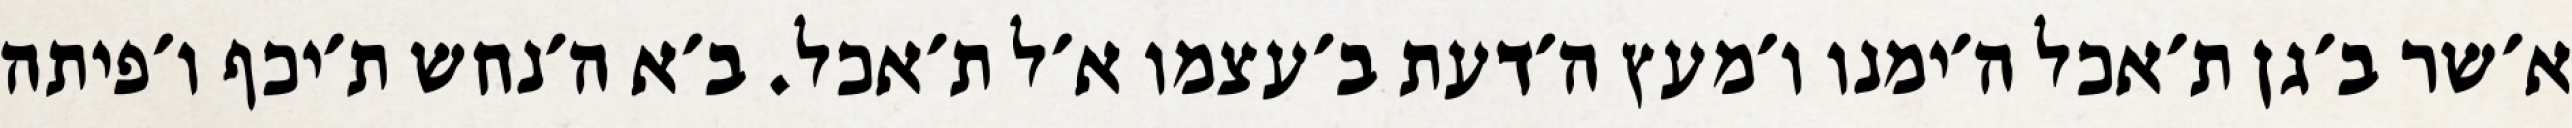
א׳שר ב׳גן ת׳אכל ה׳ימנו ו׳מעץ ה׳דעת ב׳עצמו א׳ל ת׳אכל. ב׳א ה׳נחש ת׳יכף ו׳פיתה